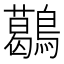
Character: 𪆰